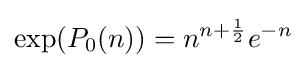
\exp({P_{0}(n)})=n^{n+{\frac {1}{2}}}e^{-n}